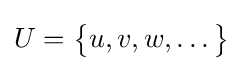
U={\big \{}u,v,w,\ldots {\big \}}